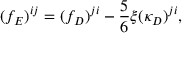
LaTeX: ( f _ { E } ) ^ { i j } = ( f _ { D } ) ^ { j i } - \frac { 5 } { 6 } \xi ( \kappa _ { D } ) ^ { j i } ,